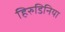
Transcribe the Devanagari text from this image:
हिरुडिनिया